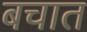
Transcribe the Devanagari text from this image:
बचात